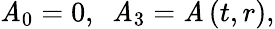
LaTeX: \mathit{A}_{0}=0,\, \, \, \mathit{A}_{3}=\mathit{A}\left(t,r\right),